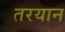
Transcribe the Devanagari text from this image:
तरयान